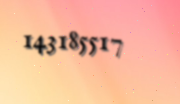
143185517